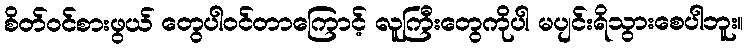
စိတ်ဝင်စားဖွယ် တွေပါဝင်တာကြောင့် လူကြီးတွေကိုပါ မပျင်းရိသွားစေပါဘူး။